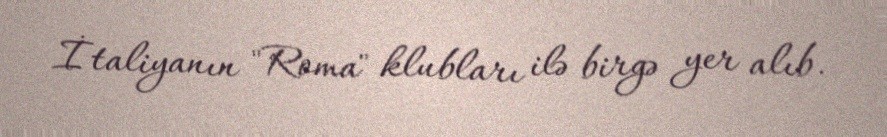
İtaliyanın "Roma" klubları ilə birgə yer alıb.